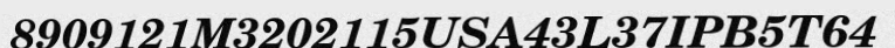
8909121M3202115USA43L37IPB5T64